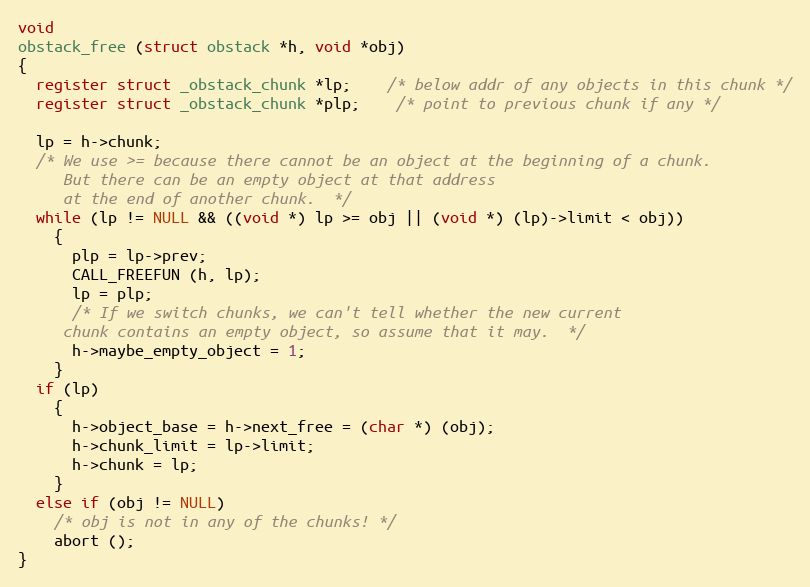
Language: C
void
obstack_free (struct obstack *h, void *obj)
{
  register struct _obstack_chunk *lp;	/* below addr of any objects in this chunk */
  register struct _obstack_chunk *plp;	/* point to previous chunk if any */

  lp = h->chunk;
  /* We use >= because there cannot be an object at the beginning of a chunk.
     But there can be an empty object at that address
     at the end of another chunk.  */
  while (lp != NULL && ((void *) lp >= obj || (void *) (lp)->limit < obj))
    {
      plp = lp->prev;
      CALL_FREEFUN (h, lp);
      lp = plp;
      /* If we switch chunks, we can't tell whether the new current
	 chunk contains an empty object, so assume that it may.  */
      h->maybe_empty_object = 1;
    }
  if (lp)
    {
      h->object_base = h->next_free = (char *) (obj);
      h->chunk_limit = lp->limit;
      h->chunk = lp;
    }
  else if (obj != NULL)
    /* obj is not in any of the chunks! */
    abort ();
}